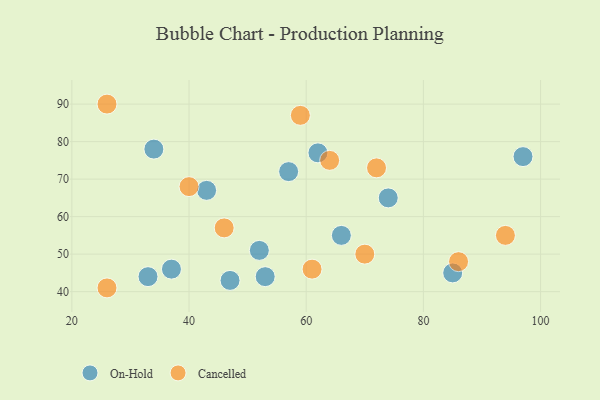
{"axis": {"x": "GDP", "y": "Life Expectancy"}, "legend": ["Cancelled", "On-Hold"], "data": [{"x": "85", "y": 45, "type": "On-Hold"}, {"x": "43", "y": 67, "type": "On-Hold"}, {"x": "66", "y": 55, "type": "On-Hold"}, {"x": "47", "y": 43, "type": "On-Hold"}, {"x": "57", "y": 72, "type": "On-Hold"}, {"x": "97", "y": 76, "type": "On-Hold"}, {"x": "74", "y": 65, "type": "On-Hold"}, {"x": "52", "y": 51, "type": "On-Hold"}, {"x": "37", "y": 46, "type": "On-Hold"}, {"x": "62", "y": 77, "type": "On-Hold"}, {"x": "53", "y": 44, "type": "On-Hold"}, {"x": "33", "y": 44, "type": "On-Hold"}, {"x": "34", "y": 78, "type": "On-Hold"}, {"x": "72", "y": 73, "type": "Cancelled"}, {"x": "26", "y": 41, "type": "Cancelled"}, {"x": "46", "y": 57, "type": "Cancelled"}, {"x": "86", "y": 48, "type": "Cancelled"}, {"x": "59", "y": 87, "type": "Cancelled"}, {"x": "64", "y": 75, "type": "Cancelled"}, {"x": "94", "y": 55, "type": "Cancelled"}, {"x": "61", "y": 46, "type": "Cancelled"}, {"x": "70", "y": 50, "type": "Cancelled"}, {"x": "40", "y": 68, "type": "Cancelled"}, {"x": "26", "y": 90, "type": "Cancelled"}]}